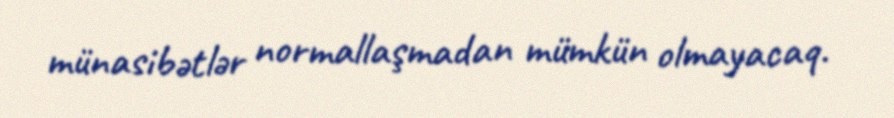
münasibətlər normallaşmadan mümkün olmayacaq.